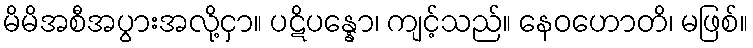
မိမိအစီအပွားအလို့ငှာ။ ပဋိပန္နော၊ ကျင့်သည်။ နေဝဟောတိ၊ မဖြစ်။